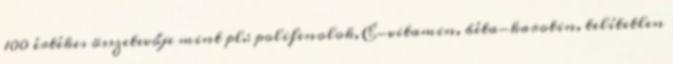
100 értékes összetevője mint pl.: polifenolok, E-vitamin, béta-karotin, telítetlen